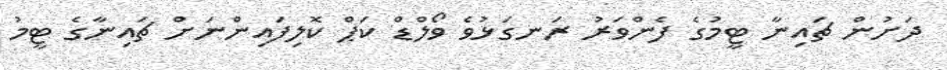
ދަށުން ޗައިނާ ޓީމުގެ ފެންވަރު ރަނގަޅުވެ ވޯލްޑް ކަޕް ކޮލިފައިންނަށް ޗައިނާގެ ޓީމު